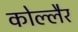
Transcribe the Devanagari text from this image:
कोल्लैर